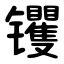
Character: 䦆